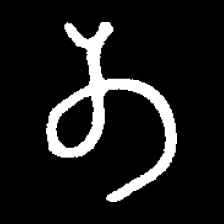
Pyu character \u2014 Myanmar letter: တ (romanized: ta)